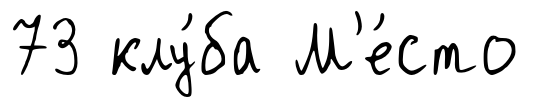
73 клу́ба М'е́сто